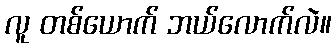
လူ တစ်ယောက် ဘယ်လောက်လဲ။